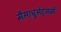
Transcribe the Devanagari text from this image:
मैसाचुसेट्समें